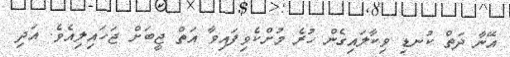
އޭނާ ދަތް ކުނޑި ވިކާލައިގެން ހުރެ މުށްކެވިފައިވާ އަތް ޖީބަށް ޖަހައިލިއެވެ. އަދި